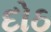
દોઠ